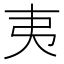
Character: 夷